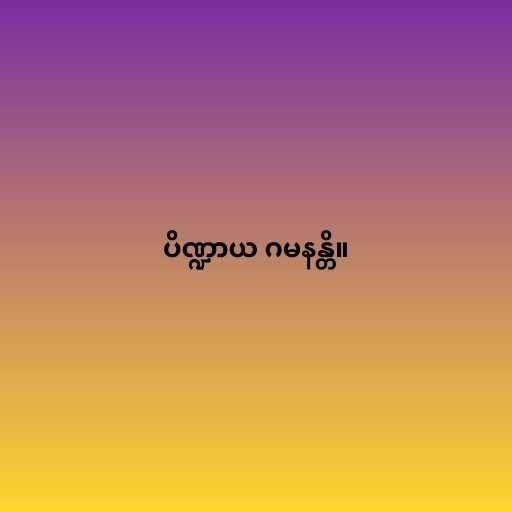
ပိဏ္ဍာယ ဂမနန္တိ။